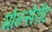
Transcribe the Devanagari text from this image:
मोन्त्सेर्राट